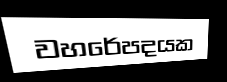
වහරේපදයක